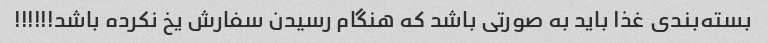
بسته‌بندی غذا باید به صورتی باشد که هنگام رسیدن سفارش یخ نکرده باشد!!!!!!